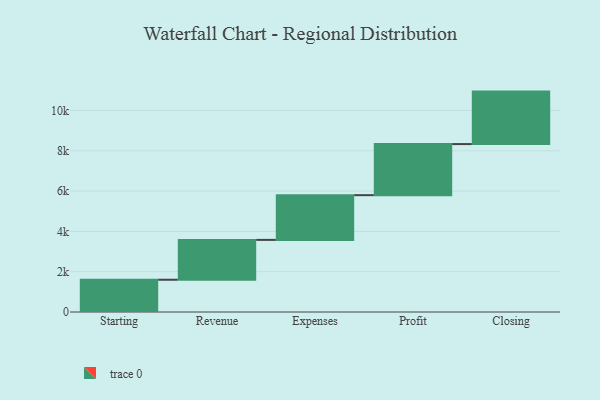
{"axis": {"x": "Step", "y": "Value"}, "legend": [""], "data": [{"x": "Starting", "y": 1601.0, "type": ""}, {"x": "Revenue", "y": 1977.0, "type": ""}, {"x": "Expenses", "y": 2220.0, "type": ""}, {"x": "Profit", "y": 2535.0, "type": ""}, {"x": "Closing", "y": 2604.0, "type": ""}]}